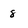
Character: 8